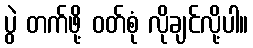
ပွဲ တက်ဖို့ ဝတ်စုံ လိုချင်လို့ပါ။